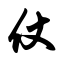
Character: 仗